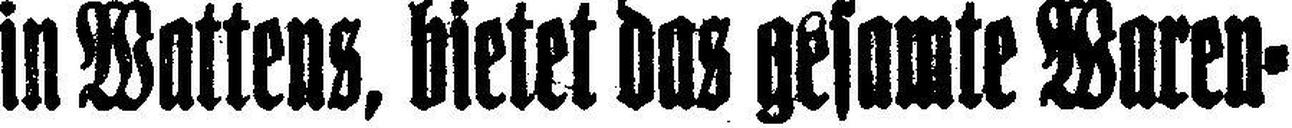
in Wattens, bietet das gesamte Waren¬